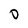
Character: D